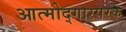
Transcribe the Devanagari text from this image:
आत्मोद्गारपरक